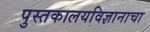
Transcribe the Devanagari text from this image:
पुस्तकालयविज्ञानाचा